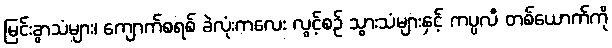
မြင်းခွာသံများ၊ ကျောက်စရစ် ခဲလုံးကလေး လွင့်စဉ် သွားသံများနှင့် ကပ္ပလီ တစ်ယောက်ကို